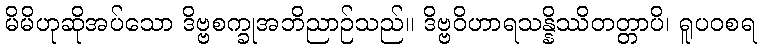
မိမိဟုဆိုအပ်သော ဒိဗ္ဗစက္ခုအဘိညာဉ်သည်။ ဒိဗ္ဗဝိဟာရသန္နိဿိတတ္တာပိ၊ ရူပဝစရ